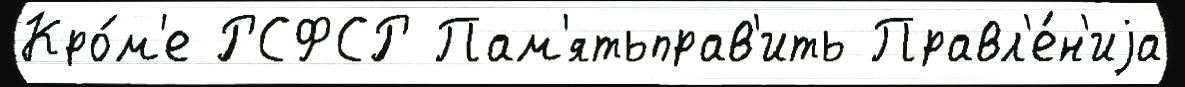
Кро́м'е РСФСР Пам'ятьправ'ить Правл'е́н'иjа